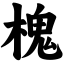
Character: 槐